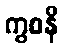
ကွစနိ